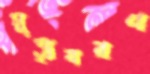
মুত্যৃবরণ